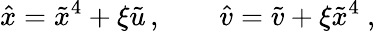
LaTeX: \hat{x}=\tilde{x}^{4}+\xi\tilde{u}\, ,\qquad\hat{v}=\tilde{v}+\xi\tilde{x}^{4}\ ,